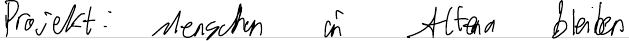
Projekt: Menschen in Altena bleiben